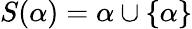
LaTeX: S(\alpha)=\alpha\cup\{ \alpha\}